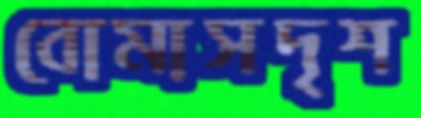
বোমাসদৃশ